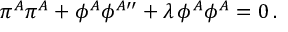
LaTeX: \pi ^ { A } \pi ^ { A } + \phi ^ { A } \phi ^ { A \prime \prime } + \lambda \, \phi ^ { A } \phi ^ { A } = 0 \, .